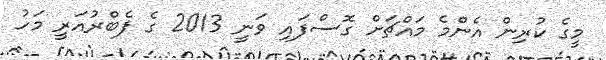
މީގެ ކުރިން އެންމެ މައްޗަށް ގޮސްފައި ވަނީ 2013 ގެ ފެބްރުއަރީ މަހު